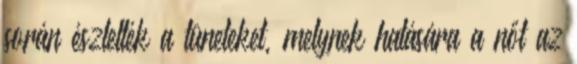
során észlelték a tüneteket, melynek hatására a nőt az